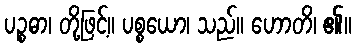
ပဉ္စဓာ၊ တို့ဖြင့်။ ပစ္စယော၊ သည်။ ဟောတိ၊ ၏။